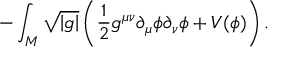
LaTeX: - \int _ { \cal M } \sqrt { \left| g \right| } \left( \frac { 1 } { 2 } g ^ { \mu \nu } \partial _ { \mu } \phi \partial _ { \nu } \phi + V ( \phi ) \right) .